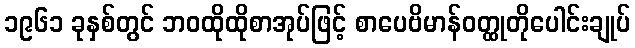
၁၉၆၁ ခုနှစ်တွင် ဘဝထိုထိုစာအုပ်ဖြင့် စာပေဗိမာန်ဝတ္ထုတိုပေါင်းချုပ်